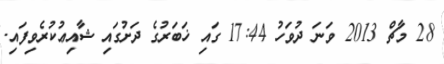
28 މާޗް 2013 ވަނަ ދުވަހު 17:44 ގައި ޚަބަރުގެ ދަށުގައި ޝާއިޢުކުރެވިފައި.